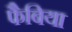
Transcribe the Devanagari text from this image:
फैबिया